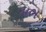
મભ